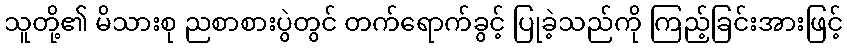
သူတို့၏ မိသားစု ညစာစားပွဲတွင် တက်ရောက်ခွင့် ပြုခဲ့သည်ကို ကြည့်ခြင်းအားဖြင့်